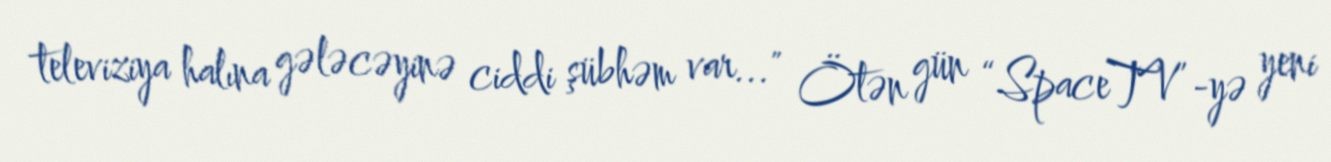
televiziya halına gələcəyinə ciddi şübhəm var..." Ötən gün “SpaceTV”-yə yeni